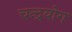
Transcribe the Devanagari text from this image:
चन्द्रयोग